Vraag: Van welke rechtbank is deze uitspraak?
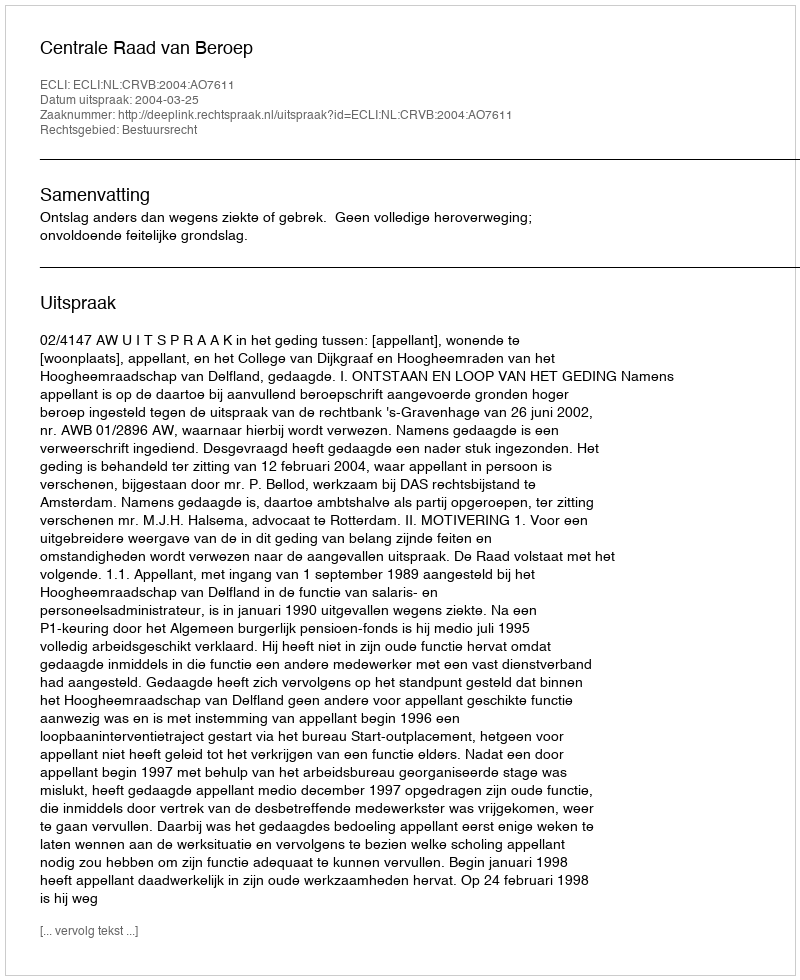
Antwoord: Centrale Raad van Beroep